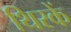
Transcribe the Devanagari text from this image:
थिरकें